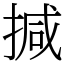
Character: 㨔